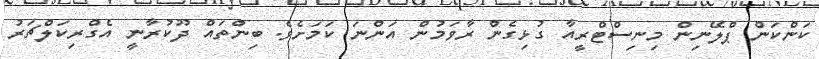
ކަންކަން ޕްލޭނިން މިނިސްޓްރީއާ ގުޅިގެން ރާވަމުން އަންނަ ކަމަށެވެ. ބިންތައް ދޫކުރާނީ އެގްރިކަލްޗަރު